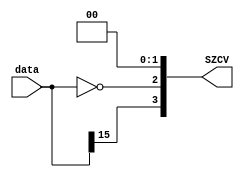
module SZCVJudge16 (
    input [15:0] data,
    output [3:0] SZCV
);

	assign SZCV[1:0] = 2'b00;

	assign SZCV[3] = data[15];
	assign SZCV[2] = (data[15:0] == 16'h0000);

endmodule